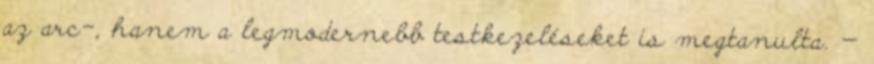
az arc-, hanem a legmodernebb testkezeléseket is megtanulta. —